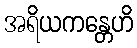
အရိယကန္တေဟိ